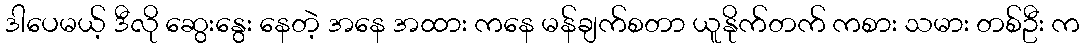
ဒါပေမယ့် ဒီလို ဆွေးနွေး နေတဲ့ အနေ အထား ကနေ မန်ချက်စတာ ယူနိုက်တက် ကစား သမား တစ်ဦး က